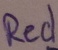
Text: Red